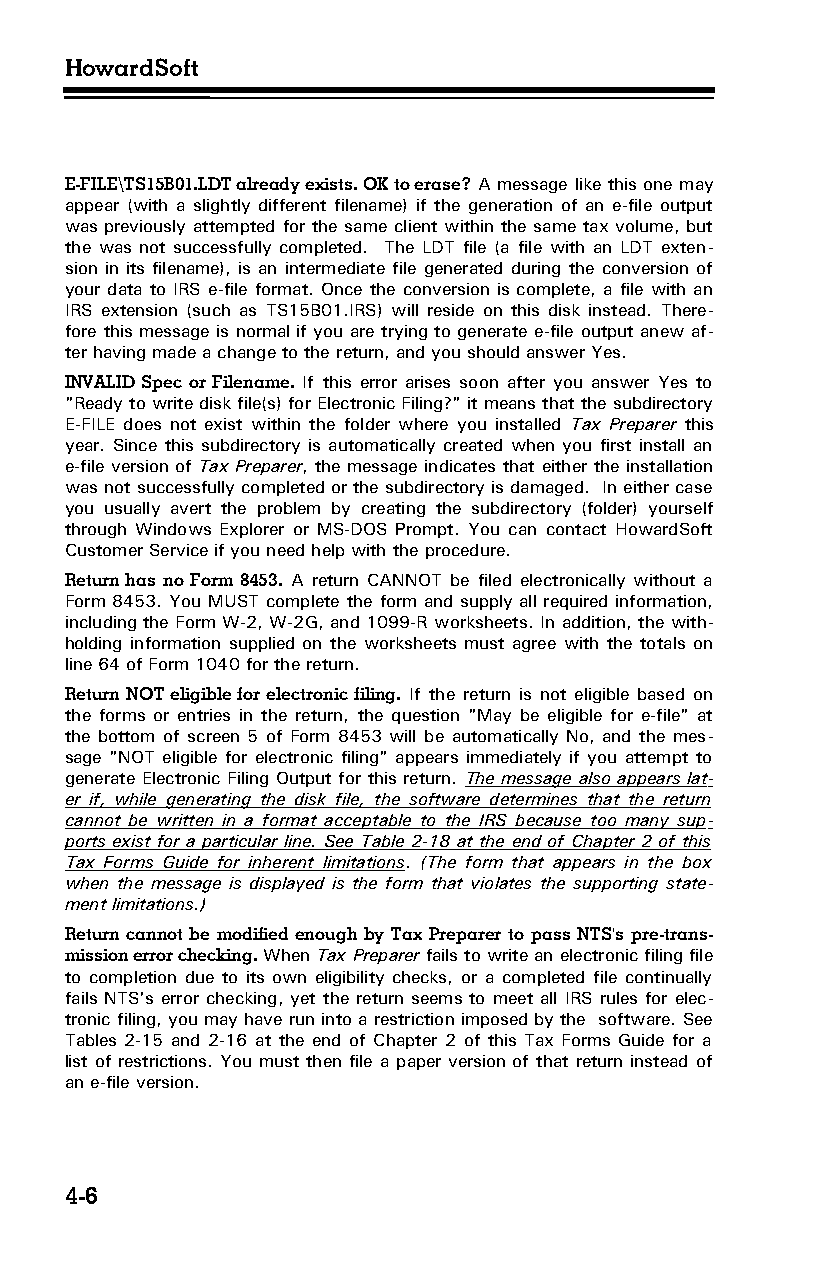
HowardSoft
 E-FILE\TS15B01.LDT already exists. OK to erase? A message like this one may
 appear (with a slightly different filename) if the generation of an e-file output
 was previously attempted for the same client within the same tax volume, but
 the was not successfully completed. The LDT file (a file with an LDT exten­
 sion in its filename), is an intermediate file generated during the conversion of
 your data to IRS e-file format. Once the conversion is complete, a file with an
 IRS extension (such as TS15B01.IRS) will reside on this disk instead. There­
 fore this message is normal if you are trying to generate e-file output anew af­
 ter having made a change to the return, and you should answer Yes.
 INVALID Spec or Filename. If this error arises soon after you answer Yes to
 "Ready to write disk file(s) for Electronic Filing?" it means that the subdirectory
 E-FILE does not exist within the folder where you installed Tax Preparer this
 year. Since this subdirectory is automatically created when you first install an
 e-file version of Tax Preparer, the message indicates that either the installation
 was not successfully completed or the subdirectory is damaged. In either case
 you usually avert the problem by creating the subdirectory (folder) yourself
 through Windows Explorer or MS-DOS Prompt. You can contact HowardSoft
 Customer Service if you need help with the procedure.
 Return has no Form 8453. A return CANNOT be filed electronically without a
 Form 8453. You MUST complete the form and supply all required information,
 including the Form W-2, W-2G, and 1099-R worksheets. In addition, the with­
 holding information supplied on the worksheets must agree with the totals on
 line 64 of Form 1040 for the return.
 Return NOT eligible for electronic filing. If the return is not eligible based on
 the forms or entries in the return, the question "May be eligible for e-file" at
 the bottom of screen 5 of Form 8453 will be automatically No, and the mes­
 sage "NOT eligible for electronic filing" appears immediately if you attempt to
 generate Electronic Filing Output for this return. The message also appears lat­
 er if, while generating the disk file, the software determines that the return
 cannot be written in a format acceptable to the IRS because too many sup­
 ports exist for a particular line. See Table 2-18 at the end of Chapter 2 of this
 Tax Forms Guide for inherent limitations. (The form that appears in the box
 when the message is displayed is the form that violates the supporting state­
 ment limitations.)
 Return cannot be modified enough by Tax Preparer to pass NTS's pre-trans­
 mission error checking. When Tax Preparer fails to write an electronic filing file
 to completion due to its own eligibility checks, or a completed file continually
 fails NTS's error checking, yet the return seems to meet all IRS rules for elec­
 tronic filing, you may have run into a restriction imposed by the software. See
 Tables 2-15 and 2-16 at the end of Chapter 2 of this Tax Forms Guide for a
 list of restrictions. You must then file a paper version of that return instead of
 an e-file version.
 4-6